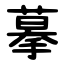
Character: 摹